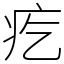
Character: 疙